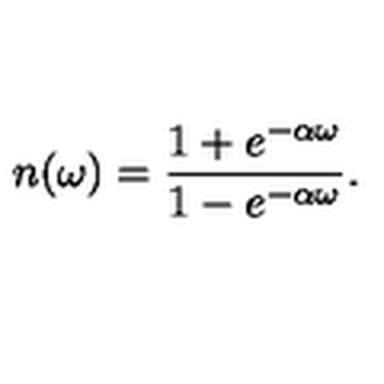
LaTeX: n ( \omega ) = { \frac { 1 + e ^ { - \alpha \omega } } { 1 - e ^ { - \alpha \omega } } } .